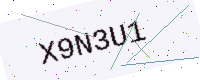
Text: X9N3U1